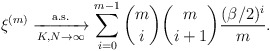
\begin{align*}\xi^{\left(m\right)} \xrightarrow[K, N\rightarrow\infty]{\mathrm{a.s.}} \sum_{i=0}^{m-1} \binom{m}{i} \binom{m}{i+1} \frac{ (\beta/2)^i}{m}.\end{align*}